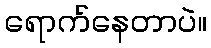
ရောက်နေတာပဲ။